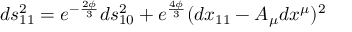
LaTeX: d s _ { 1 1 } ^ { 2 } = e ^ { - { \frac { 2 \phi } { 3 } } } d s _ { 1 0 } ^ { 2 } + e ^ { \frac { 4 \phi } { 3 } } ( d x _ { 1 1 } - A _ { \mu } d x ^ { \mu } ) ^ { 2 }